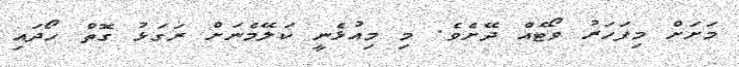
މަށަށް މިފަހަރު ވޯޓެއް ދޭށެވެ. މި މިއުޅެނީ ކަލޭމެނަށް ރަގަޅު ގޮތް ހޯދައި